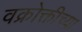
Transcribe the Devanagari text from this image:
वक्रोक्तीच्या